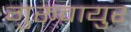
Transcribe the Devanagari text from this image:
गुरूवायुर